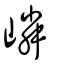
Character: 嶙